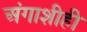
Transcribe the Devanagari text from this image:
अंगाशीही